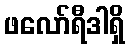
ဖလော်ရီဒါရှိ